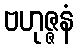
ဗဟုဇ္ဇနံ